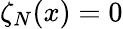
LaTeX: \zeta_{N}(x)=0